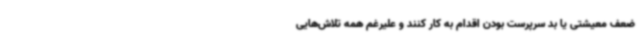
ضعف معیشتی یا بد سرپرست بودن اقدام به کار کنند و علیرغم همه تلاش‌هایی